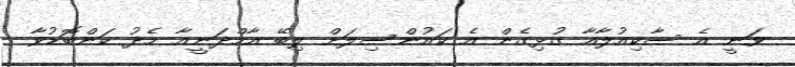
ވަނީ އެ ސާކިއުލާއާ ގުޅިގެން އެ ކައުންސިލަށް ލިބޭ އާމްދަނީއާ މެދު ކަންބޮޑުވާ